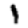
Digit: 1